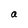
Character: a